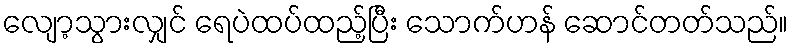
လျော့သွားလျှင် ရေပဲထပ်ထည့်ပြီး သောက်ဟန် ဆောင်တတ်သည်။